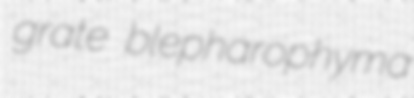
grate blepharophyma